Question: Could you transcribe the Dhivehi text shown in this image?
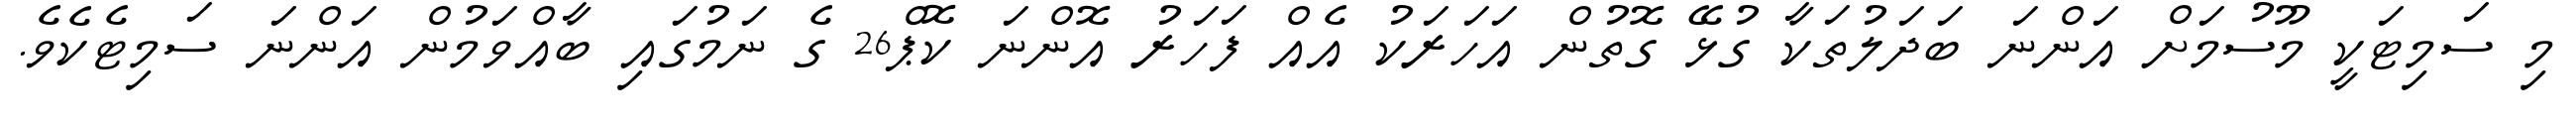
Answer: މި ސަމިޓަކީ މޫސުމަށް އަންނަ ބަދަލުތަކާ ގުޅޭ ގޮތުން އަހަރަކު އެއް ފަހަރު އޮންނަ ކޮޕް26 ގެ ނަމުގައި ބާއްވަމުން އަންނަ ސަމިޓެކެވެ.